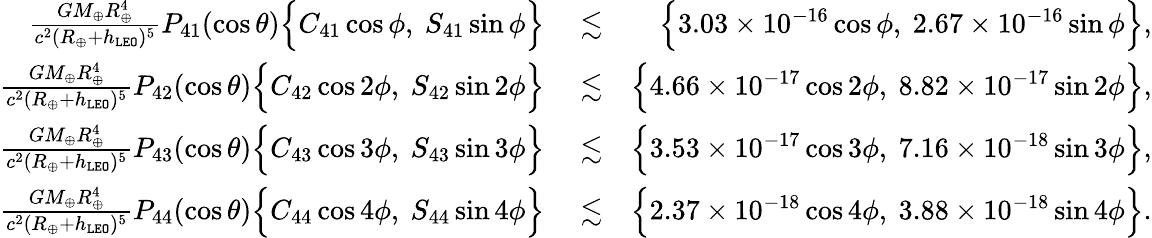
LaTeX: \begin{array}{rlr}{\frac{GM_{\oplus}R_{\oplus}^{4}}{c^{2}(R_{\oplus}+h_{\tt LEO})^{5}}P_{41}(\cos\theta)\Big\{ C_{41}\cos\phi,~S_{41}\sin\phi\Big\} }&{{}\lesssim}&{\Big\{ 3.03\times 10^{-16}\cos\phi,~2.67\times 10^{-16}\sin\phi\Big\} ,}\\ {\frac{GM_{\oplus}R_{\oplus}^{4}}{c^{2}(R_{\oplus}+h_{\tt LEO})^{5}}P_{42}(\cos\theta)\Big\{ C_{42}\cos 2\phi,~S_{42}\sin 2\phi\Big\} }&{{}\lesssim}&{\Big\{ 4.66\times 10^{-17}\cos 2\phi,~8.82\times 10^{-17}\sin 2\phi\Big\} ,}\\ {\frac{GM_{\oplus}R_{\oplus}^{4}}{c^{2}(R_{\oplus}+h_{\tt LEO})^{5}}P_{43}(\cos\theta)\Big\{ C_{43}\cos 3\phi,~S_{43}\sin 3\phi\Big\} }&{{}\lesssim}&{\Big\{ 3.53\times 10^{-17}\cos 3\phi,~7.16\times 10^{-18}\sin 3\phi\Big\} ,}\\ {\frac{GM_{\oplus}R_{\oplus}^{4}}{c^{2}(R_{\oplus}+h_{\tt LEO})^{5}}P_{44}(\cos\theta)\Big\{ C_{44}\cos 4\phi,~S_{44}\sin 4\phi\Big\} }&{{}\lesssim}&{\Big\{ 2.37\times 10^{-18}\cos 4\phi,~3.88\times 10^{-18}\sin 4\phi\Big\} .}\end{array}